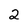
Character: 2